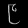
Digit: ၉